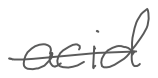
Text: acid
Cross-out: single-line
Writing tool: digital_gray